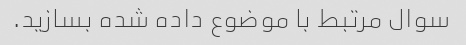
سوال مرتبط با موضوع داده شده بسازید.